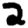
Digit: 2